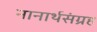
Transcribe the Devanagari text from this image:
नानार्थसंग्रह